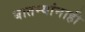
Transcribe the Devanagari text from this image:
बातम्यांनाही